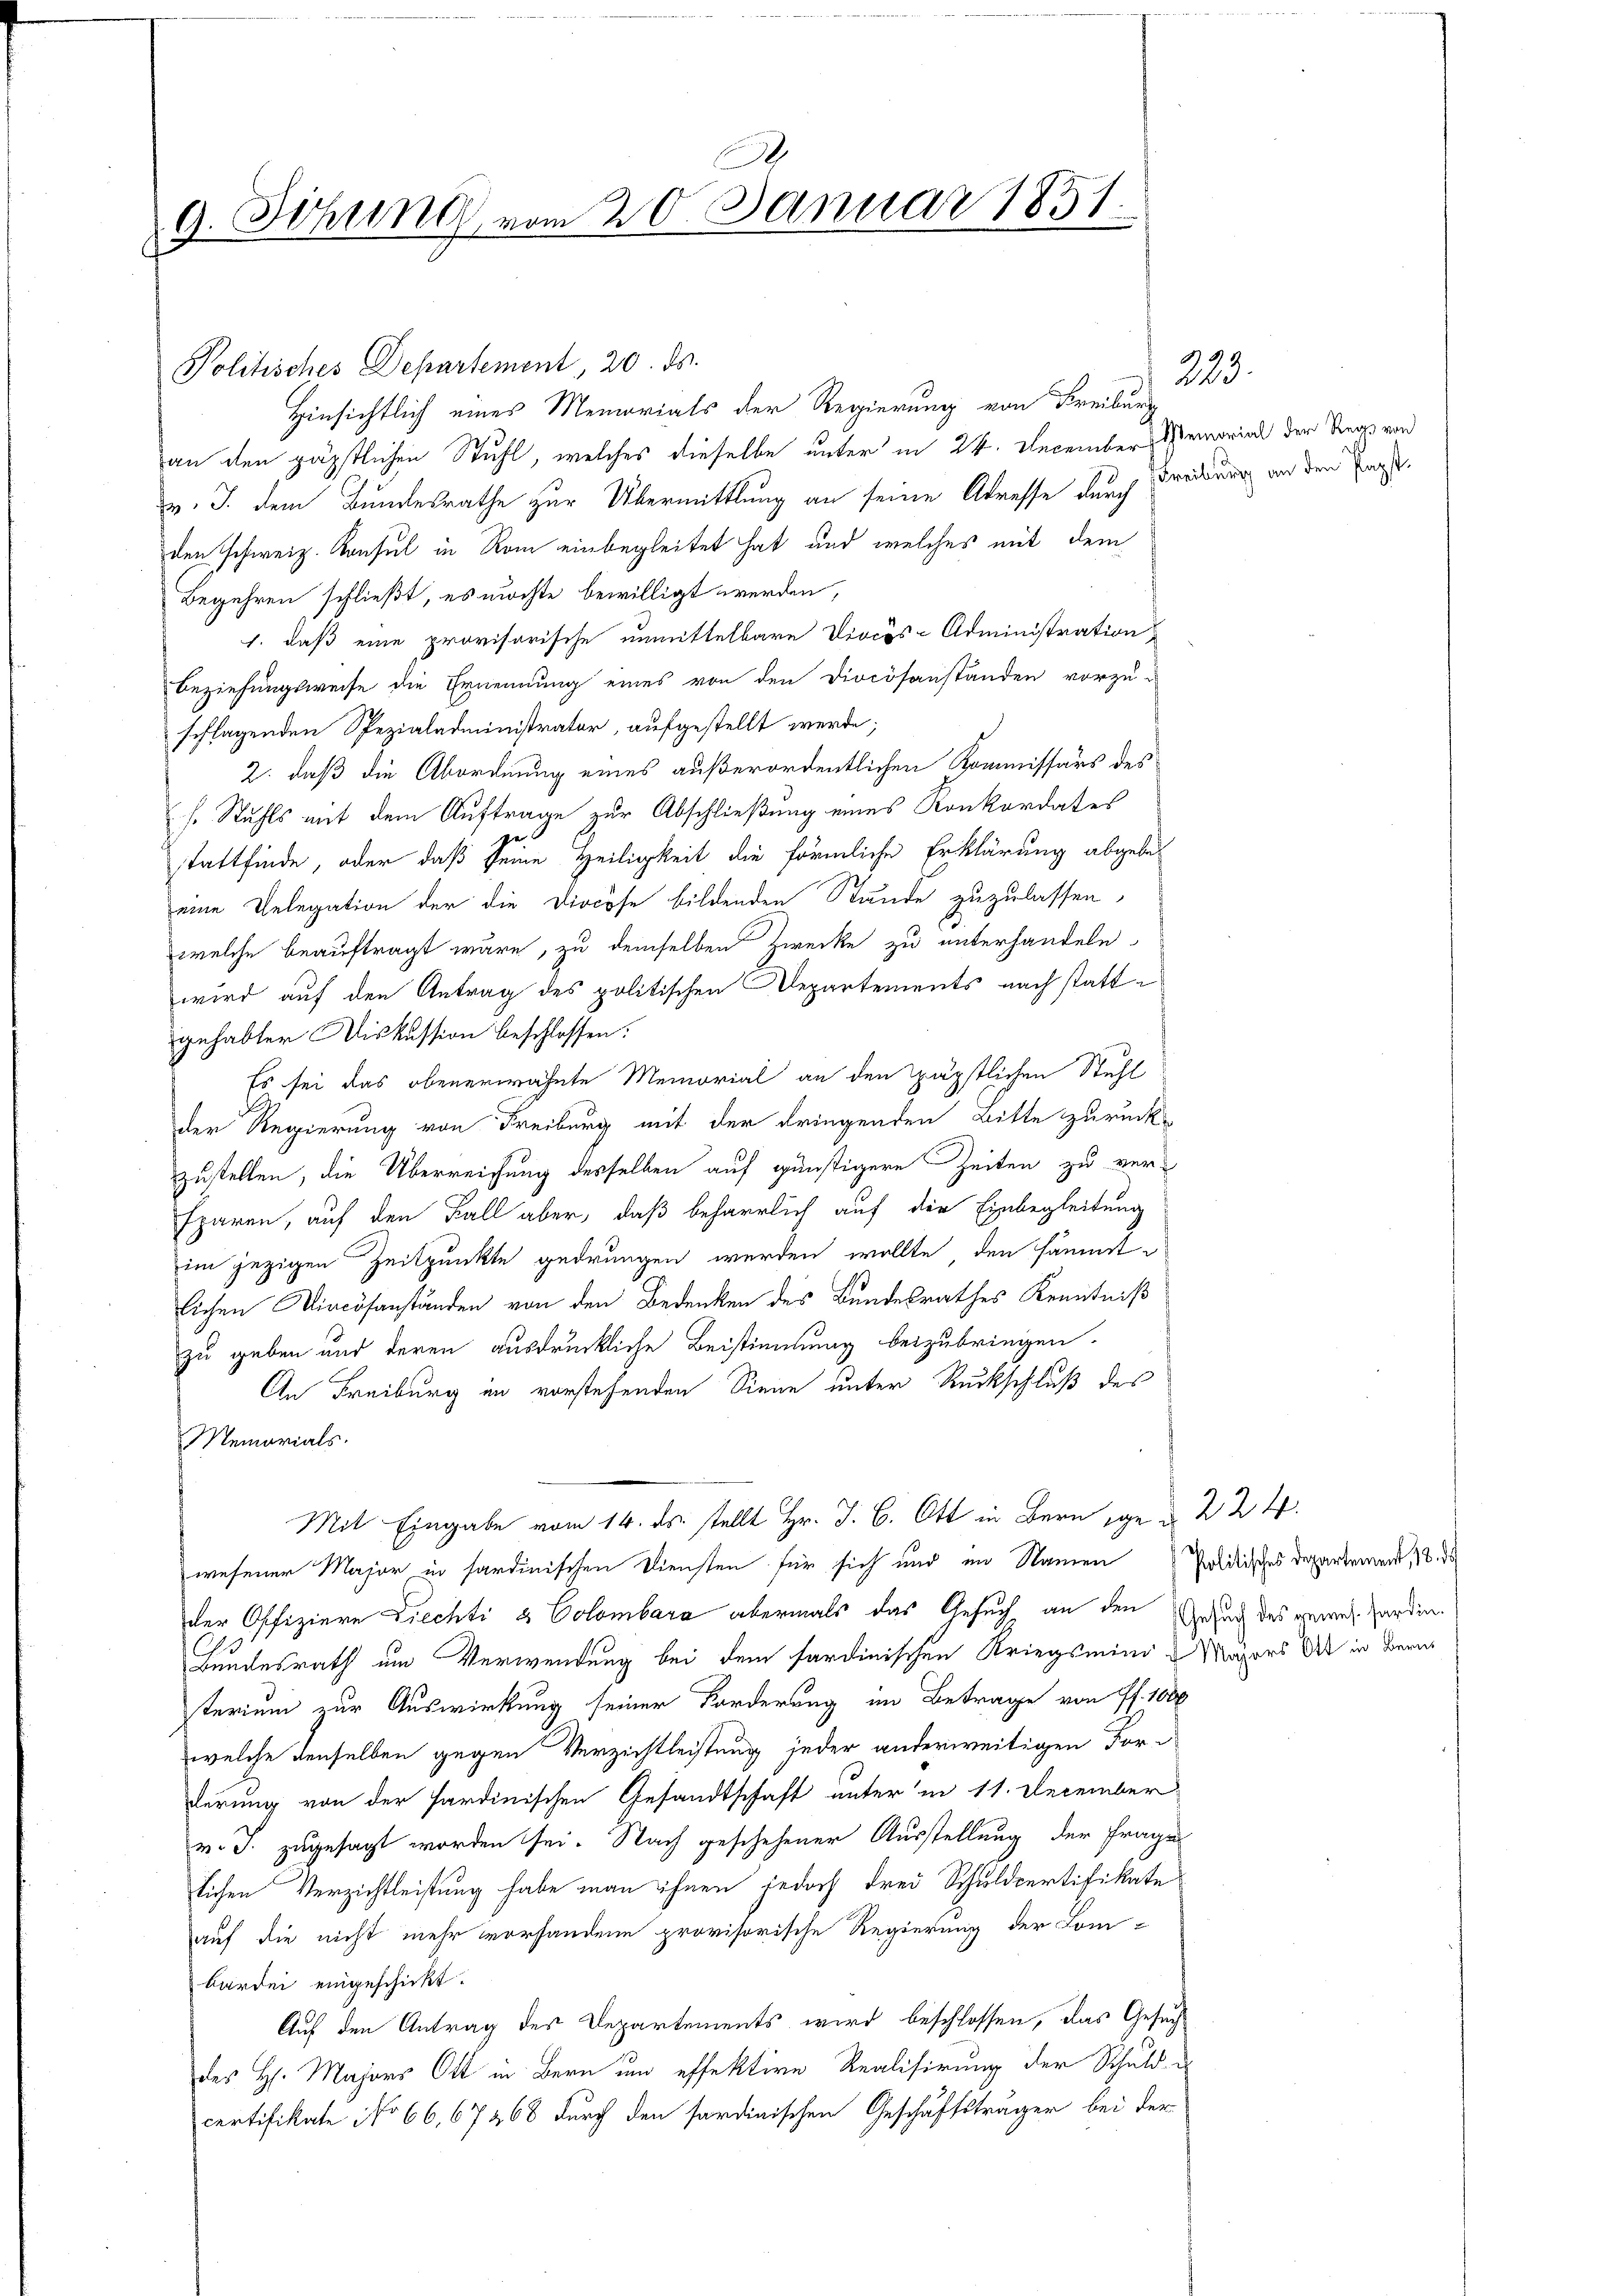
.
9. Sitzung vom 20. Januar 1851.

Politisches Departement, 20. ds.
Hinsichtlich eines Memorials der Regierung von Freiburg
an den päpstlichen Stuhl, welches dieselbe unter in 24. December Gemorial der Rege von
v. J. dem Bundesrathe zur Übermittlung an seine Adresse durch Freibung an den Tagsden schweiz. Konsul in Rom einbegleitet hat und welches mit dem
Begehren schließt, es möchte bewilligt werden,
1. daß eine provisorische unmittelbare Diocös-Administration
Beziehungsweise die Ernennung eines von den Diocösanständen vorzu-
schlagenden Spezialadministrator, aufgestellt werde;
2. daß die Abordnung eines außerordentlichen Kommissärs des
s. Stuhls mit dem Auftrage zur Abschließung eines Konkordates
ge
stattfinde, oder daß seine Heiligkeit die förmliche Erklärung abgebeeine Delegation der die Diocöse bildenden Stunde zuzulassen,
welche beauftragt wäre, zu demselben Zwecke zu unterhandeln
wird auf den Antrag des politischen Departements nach stattgehabter Diskussion beschlossen:
Es sei das obenerwähnte Memorial an den päpstlichen Stuhl
der Regierung von Freiburg mit der dringenden Bitte zurück-
zustellen, die Überreichung desselben auf günstigere Zeiten zu verfparen, auf den Fall aber, daß beharrlich auf die Einbegleitung
im jezigen Zeitpunkte gedrungen werden wollte, den sämmtlichen Diocösanständen von den Bedenken des Bundesrathes Kenntniß
zu geben und deren ausdrückliche Beistimmung beizubringen.
An Freiburg in vorstehenden Siene unter Rückschluß des
Memorials.
Mit Eingabe vom 14. ds. stellt Hr. J. C. Ott in Bern ge  224.
wesener Major in sardinischen Diensten für sich und im Namen Politisches Departement, 18. de
der Offiziere Liechti & Colombara abermals das Gesuch an den Gesuch des gewes. Pardin¬
Bundesrath um Verwendung bei dem sardinischen Kriegsmini-Majors dr in Bern
terium zur Auswirkung seiner Forderung im Betrage von ff. 1000
welche denselben gegen Verzichtleistung jeder anderweitigen Forderung von der Sardinischen Gesandtschaft unter in 11. December
v. J. zugesagt worden sei. Nach geschehener Ausstellung der Frage
lichen Verzichtleistung habe man ihnen jedoch drei Schuldpertifikate
auf die nicht mehr vorhandene provisorische Regierung der Lom-
bürden eingeschickt.
Auf den Antrag des Departements wird beschlossen, das Gesuchdes H. Majors Ott in Bern um effektive Realisirung der Schuld
certifikate No 66,67268 durch den sardinischen Geschäftsträger bei der

223.